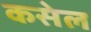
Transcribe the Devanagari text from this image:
कसेल